Report of the Indian Hemp Drugs Commission, 1894-1895 - Volume VI
Year: 1894
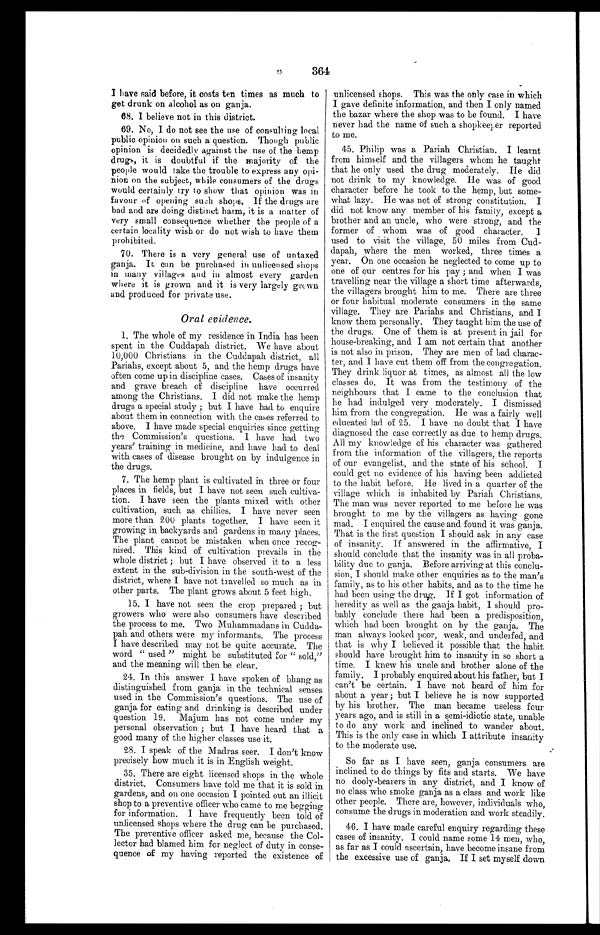
364
I have said before, it costs ten times as much to
get drunk on alcohol as on ganja.
68. I believe not in this district.
69. No, I do not see the use of consulting local
public opinion on such a question. Though public
opinion is decidedly against the use of the hemp
drugs, it is doubtful if the majority of the
people would take the trouble to express any opi-
nion on the subject, while consumers of the drugs
would certainly try to show that opinion was in
favour of opening such shops. If the drugs are
bad and are doing distinct harm, it is a matter of
very small consequence whether the people of a
certain locality wish or do not wish to have them
prohibited.
70. There is a very general use of untaxed
ganja. It can be purchased in unlicensed shops
in many villages and in almost every garden
where it is grown and it is very largely grown
and produced for private use.
Oral evidence.
1. The whole of my residence in India has been
spent in the Cuddapah district. We have about
10,000 Christians in the Cuddapah district, all
Pariahs, except about 5, and the hemp drugs have
Often come up in discipline cases. Cases of insanity
and grave breach of discipline have occurred
among the Christians. I did not make the hemp
drugs a special study ; but I have had. to enquire
about them in connection with the cases referred to
above. I have made special enquiries since getting
the Commission's questions. I have had two
years' training in medicine, and have had to deal
with cases of disease brought on by indulgence in
the drugs.
7. The hemp plant is cultivated in three or four
places in fields, but I have not seen such cultiva-
tion. I have seen the plants mixed with other
cultivation, such as chillies. I have never seen
more than 200 plants together. I have seen it
growing in backyards and gardens in many places.
The plant cannot be mistaken when once recog-
nised. This kind of cultivation prevails in the
whole district ; but I have observed it to a less
extent in the sub-division in the south-west of the
district, where I have not travelled so much as in
other parts. The plant grows about 5 feet high.
15. I have not seen the crop prepared ; but
growers who were also consumers have described
the process to me. Two Muhammadans in Cudda-
pah and others were my informants. The process
I have described may not be quite accurate. The
word " used " might be substituted for " sold,"
and the meaning will then be clear.
24. In this answer I have spoken of bhang as
distinguished from ganja in the technical senses
used in the Commission's questions. The use of
ganja for eating and drinking is described under
question 19. Majum has not come under my
personal observation ; but I have heard that a
good many of the higher classes use it.
28. I speak of the Madras seer. I don't know
precisely how much it is in English weight.
35. There are eight licensed shops in the whole
district. Consumers have told me that it is sold in
g a r d e n s , a n d o n o n e o c c a s i o n I p o i n t e d o u t a n i l l i c i t
sop to a preventive officer who came to me begging
for information. I have frequently been told of
unlicensed shops where the drug can be purchased.
The preventive officer asked me, because the Col-
lector had blamed him for neglect of duty in conse-
quence of my having reported the existence of
unlicensed shops. This was the only case in which
I gave definite information, and then I only named
the bazar where the shop was to be found. I have
never had the name of such a shopkeeper reported
to me.
45. Philip was a Pariah Christian. I learnt
from himself and the villagers whom he taught
that he only used the drug moderately. He did
not drink to my knowledge. He was of good
character before he took to the hemp, but some-
what lazy. He was not of strong constitution. I
did not know any member of his family, except a
brother and an uncle, who were strong, and. the
former of whom was of good character. I
used to visit the village, 50 miles from Cud-
dapah, where the men worked, three times a
year. On one occasion he neglected to come up to
one of our centres for his pay ; and when I was
travelling near the village a short time afterwards,
the villagers brought him to me. There are three
or four habitual moderate consumers in the same
village. They are Pariahs and Christians, and I
know them personally. They taught him the use of
the drugs. One of them is at present in jail for
house-breaking, and I am not certain that another
is not also in prison. They are men of bad charac-
ter, and I have cut them off from the congregation.
They drink liquor at times, as almost all the low
classes do. It was from the testimony of the
neighbours that I came to the conclusion that
lie had indulged very moderately. I dismissed
him from the congregation. He was a fairly well
educated lad of 25. I have no doubt that I have
diagnosed the ease correctly as due to hemp drugs.
All my knowledge of his character was gathered
from the information of the villagers, the reports
of our evangelist, and the state of his school. I
could get no evidence of his having been addicted
to the habit before. He lived in a quarter of the
village which is inhabited by Pariah Christians.
The man was never reported to me before he was
brought to me by the villagers as having gone
mad. I enquired the cause and found it was ganja.
That is the first question I should ask in any case
of insanity. If answered. in the affirmative, I
should conclude that the insanity was in all proba-
bility due to ganja. Before arriving at this conclu-
sion, I should make other enquiries as to the man's
family, as to his other habits, and as to the time he
had been using the drug. If I got information of
heredity as well as the ganja habit, I should pro-
bably conclude there had been a predisposition,
which had been brought on by the ganja. The
man always looked poor, weak, and underfed, and
that is why I believed it possible that the habit
should have brought him to insanity in so short a
time. I knew his uncle and. brother alone of the
family. I probably enquired about his father, but I
can't be certain. I have not heard of him for
about a year ; but I believe he is now supported
by his brother. The man became useless four
years ago, and is still in a semi-idiotic state, unable
to do any work and inclined to wander about.
This is the only case in which I attribute insanity
to the moderate use.
So far as I have seen, ganja consumers are
inclined to do things by fits and starts. We have
n o d o o l y - b e a r e r s i n a n y d i s t r i c t , a n d I k n o w o f
no class who smoke ganja as a class and work like
other people. There are, however, individuals who,
consume the drugs in moderation and work steadily.
46. I have made careful enquiry regarding these
cases of insanity. I could name some 14 men, who,
as far as I could ascertain, have . become insane from
the excessive use of ganja. If I set myself down